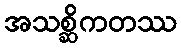
အသစ္ဆိကတဿ